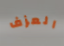
العزف